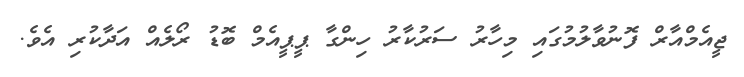
ޖީއެމްއާރް ފޮނުވާލުމުގައި މިހާރު ސަރުކާރު ހިންގާ ޕީޕީއެމް ބޮޑު ރޯލެއް އަދާކުރި އެވެ.